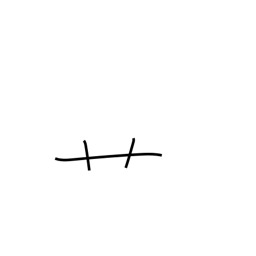
Meaning: radical number 140